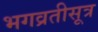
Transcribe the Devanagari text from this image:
भगव्रतीसूत्र